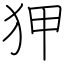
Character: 狎